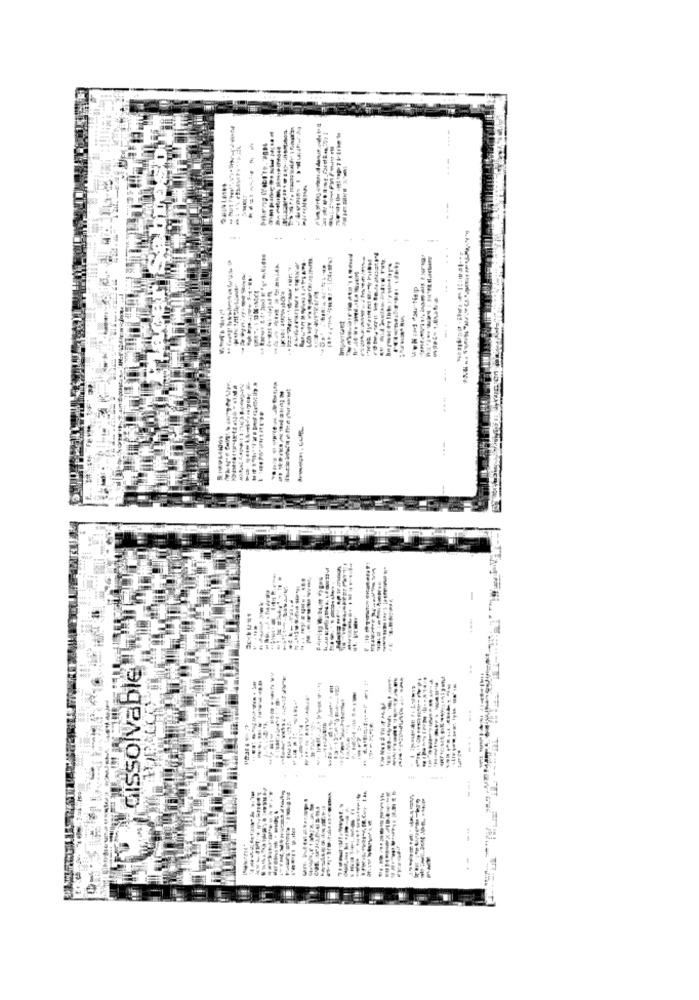
....
cissolvable
---
--